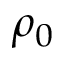
\rho _ { 0 }